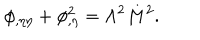
\phi _ { , \eta \eta } + \phi _ { , \eta } ^ { 2 } = \Lambda ^ { 2 } M ^ { 2 } .